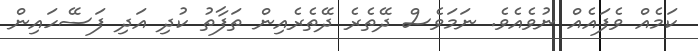
ކަމެއް ވެފައެއް ނުވެއެވެ. ނަމަވެސް ދޭތެރެ ދޭތެރެއިން ތަފާތު ކުދި އަދި ފަސޭހައިން